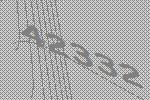
42332